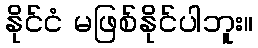
နိုင်ငံ မဖြစ်နိုင်ပါဘူး။